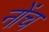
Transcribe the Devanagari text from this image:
नोंच